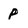
Character: p